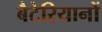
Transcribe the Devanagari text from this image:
बैटेरियानों